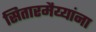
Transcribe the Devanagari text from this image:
सितारमैय्यांना